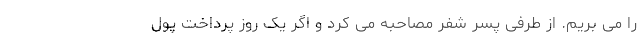
را می بریم. از طرفی پسر شفر مصاحبه می کرد و اگر یک روز پرداخت پول